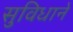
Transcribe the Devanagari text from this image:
सुविधाने